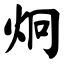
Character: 炯